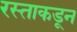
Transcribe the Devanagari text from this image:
रस्ताकडून